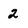
Character: 2